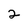
Character: 2